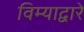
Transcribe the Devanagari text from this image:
विम्याद्वारे